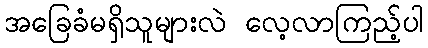
အခြေခံမရှိသူများလဲ လေ့လာကြည့်ပါ